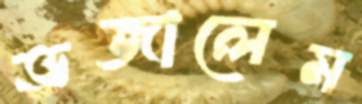
ভজালেম